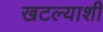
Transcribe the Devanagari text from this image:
खटल्याशी